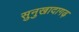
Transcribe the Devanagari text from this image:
सुनुखादागढ़